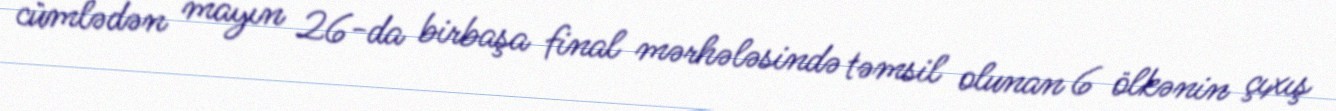
cümlədən mayın 26-da birbaşa final mərhələsində təmsil olunan 6 ölkənin çıxış